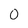
Character: o